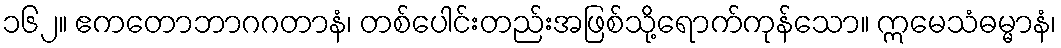
၁၆၂။ ဧကတောဘာဂဂတာနံ၊ တစ်ပေါင်းတည်းအဖြစ်သို့ရောက်ကုန်သော။ ဣမေသံဓမ္မာနံ၊